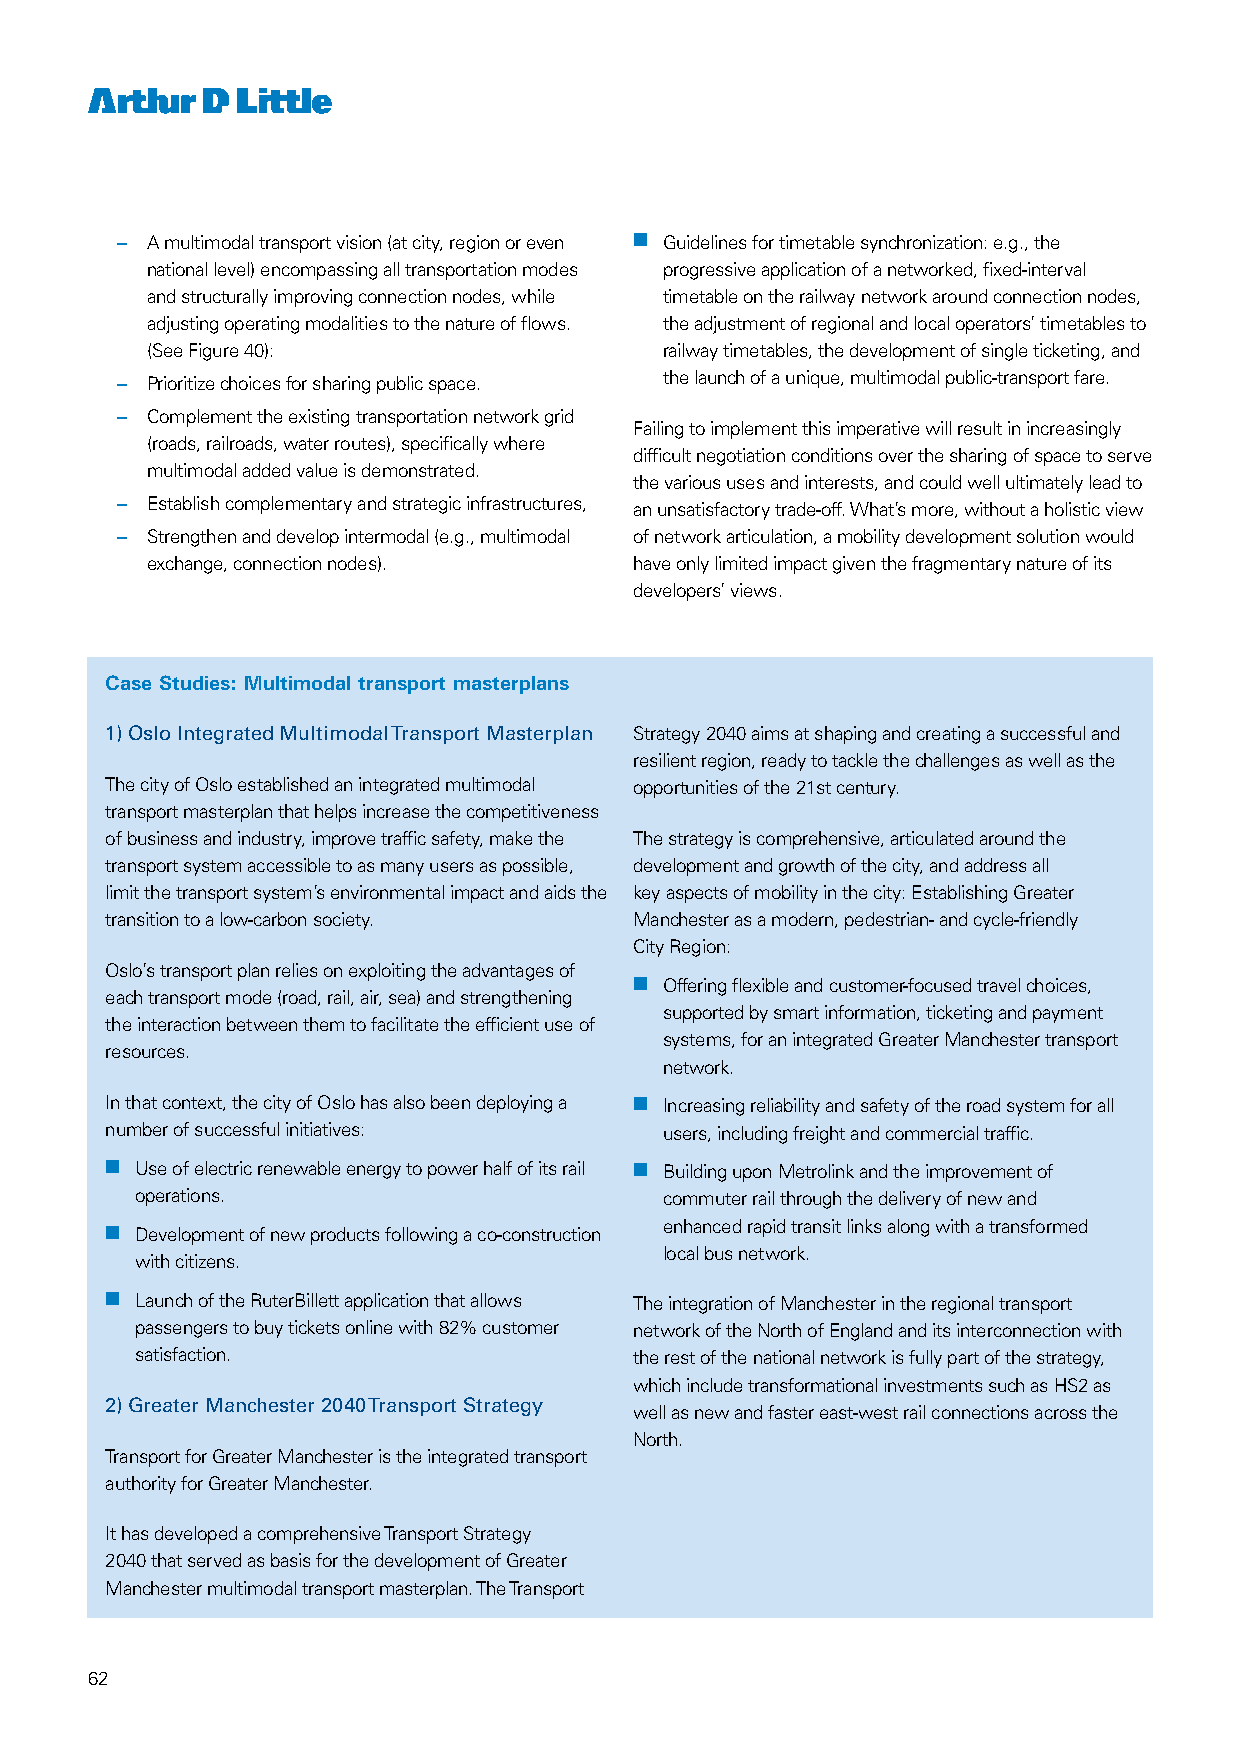
– A multimodal transport vision (at city, region or even nn Guidelines for timetable synchronization: e.g., the
 national level) encompassing all transportation modes progressive application of a networked, fixed-interval
 and structurally improving connection nodes, while timetable on the railway network around connection nodes,
 adjusting operating modalities to the nature of flows. the adjustment of regional and local operators’ timetables to
 (See Figure 40):                  railway timetables, the development of single ticketing, and
 – Prioritize choices for sharing public space. the launch of a unique, multimodal public-transport fare.
 – Complement the existing transportation network grid
 Failing to implement this imperative will result in increasingly
 (roads, railroads, water routes), specifically where
 difficult negotiation conditions over the sharing of space to serve
 multimodal added value is demonstrated.
 the various uses and interests, and could well ultimately lead to
 – Establish complementary and strategic infrastructures, an unsatisfactory trade-off. What’s more, without a holistic view
 – Strengthen and develop intermodal (e.g., multimodal of network articulation, a mobility development solution would
 exchange, connection nodes).    have only limited impact given the fragmentary nature of its
 developers’ views.
 Case Studies: Multimodal transport masterplans
 1) Oslo Integrated Multimodal Transport Masterplan Strategy 2040 aims at shaping and creating a successful and
 resilient region, ready to tackle the challenges as well as the
 The city of Oslo established an integrated multimodal opportunities of the 21st century.
 transport masterplan that helps increase the competitiveness
 of business and industry, improve traffic safety, make the The strategy is comprehensive, articulated around the
 transport system accessible to as many users as possible, development and growth of the city, and address all
 limit the transport system’s environmental impact and aids the key aspects of mobility in the city: Establishing Greater
 transition to a low-carbon society. Manchester as a modern, pedestrian- and cycle-friendly
 City Region:
 Oslo’s transport plan relies on exploiting the advantages of
 nn Offering flexible and customer-focused travel choices,
 each transport mode (road, rail, air, sea) and strengthening
 supported by smart information, ticketing and payment
 the interaction between them to facilitate the efficient use of
 systems, for an integrated Greater Manchester transport
 resources.
 network.
 In that context, the city of Oslo has also been deploying a nn Increasing reliability and safety of the road system for all
 number of successful initiatives:    users, including freight and commercial traffic.
 nn Use of electric renewable energy to power half of its rail nn Building upon Metrolink and the improvement of
 operations.                        commuter rail through the delivery of new and
 nn Development of new products following a co-construction enhanced rapid transit links along with a transformed
 local bus network.
 with citizens.
 nn Launch of the RuterBillett application that allows The integration of Manchester in the regional transport
 passengers to buy tickets online with 82% customer network of the North of England and its interconnection with
 satisfaction.                    the rest of the national network is fully part of the strategy,
 which include transformational investments such as HS2 as
 2) Greater Manchester 2040 Transport Strategy
 well as new and faster east-west rail connections across the
 North.
 Transport for Greater Manchester is the integrated transport
 authority for Greater Manchester.
 It has developed a comprehensive Transport Strategy
 2040 that served as basis for the development of Greater
 Manchester multimodal transport masterplan. The Transport
 62